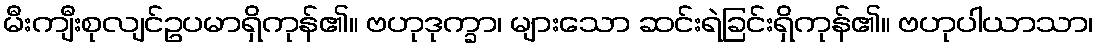
မီးကျီးစုလျင်ဥပမာရှိကုန်၏။ ဗဟုဒုက္ခာ၊ များသော ဆင်းရဲခြင်းရှိကုန်၏။ ဗဟုပါယာသာ၊